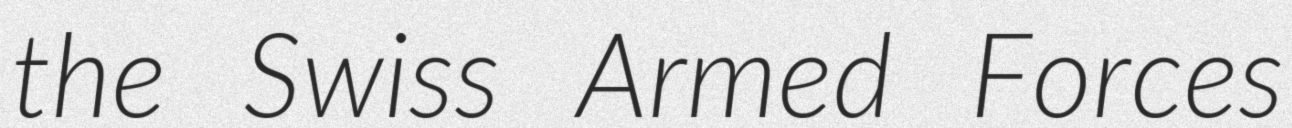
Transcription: the Swiss Armed Forces